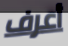
أعرف